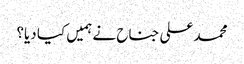
محمد علی جناح نے ہمیں کیا دیا؟